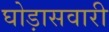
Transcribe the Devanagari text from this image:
घोड़ासवारी